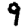
Digit: 9